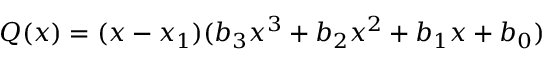
Q ( x ) = ( x - x _ { 1 } ) ( b _ { 3 } x ^ { 3 } + b _ { 2 } x ^ { 2 } + b _ { 1 } x + b _ { 0 } )